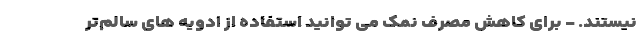
نیستند. - برای کاهش مصرف نمک می توانید استفاده از ادویه های سالم‌تر